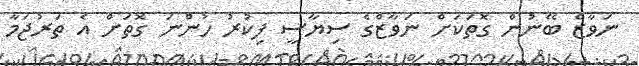
ނަވާޒް ބޭނުން ގޮތަކަށް ނަވާޒްގެ ސިޔާސީ ފިކުރު ހުންނަ ގޮތަށް އެ ތަރުޖަމާ